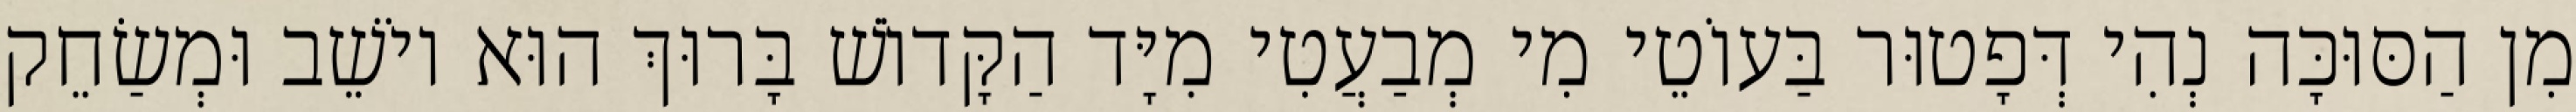
מִן הַסּוּכָּה נְהִי דְּפָטוּר בַּעוֹטֵי מִי מְבַעֲטִי מִיָּד הַקָּדוֹשׁ בָּרוּךְ הוּא יוֹשֵׁב וּמְשַׂחֵק